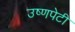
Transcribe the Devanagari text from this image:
उष्णपेटी